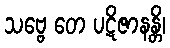
သဗ္ဗေ တေ ပဋိဇာနန္တိ၊